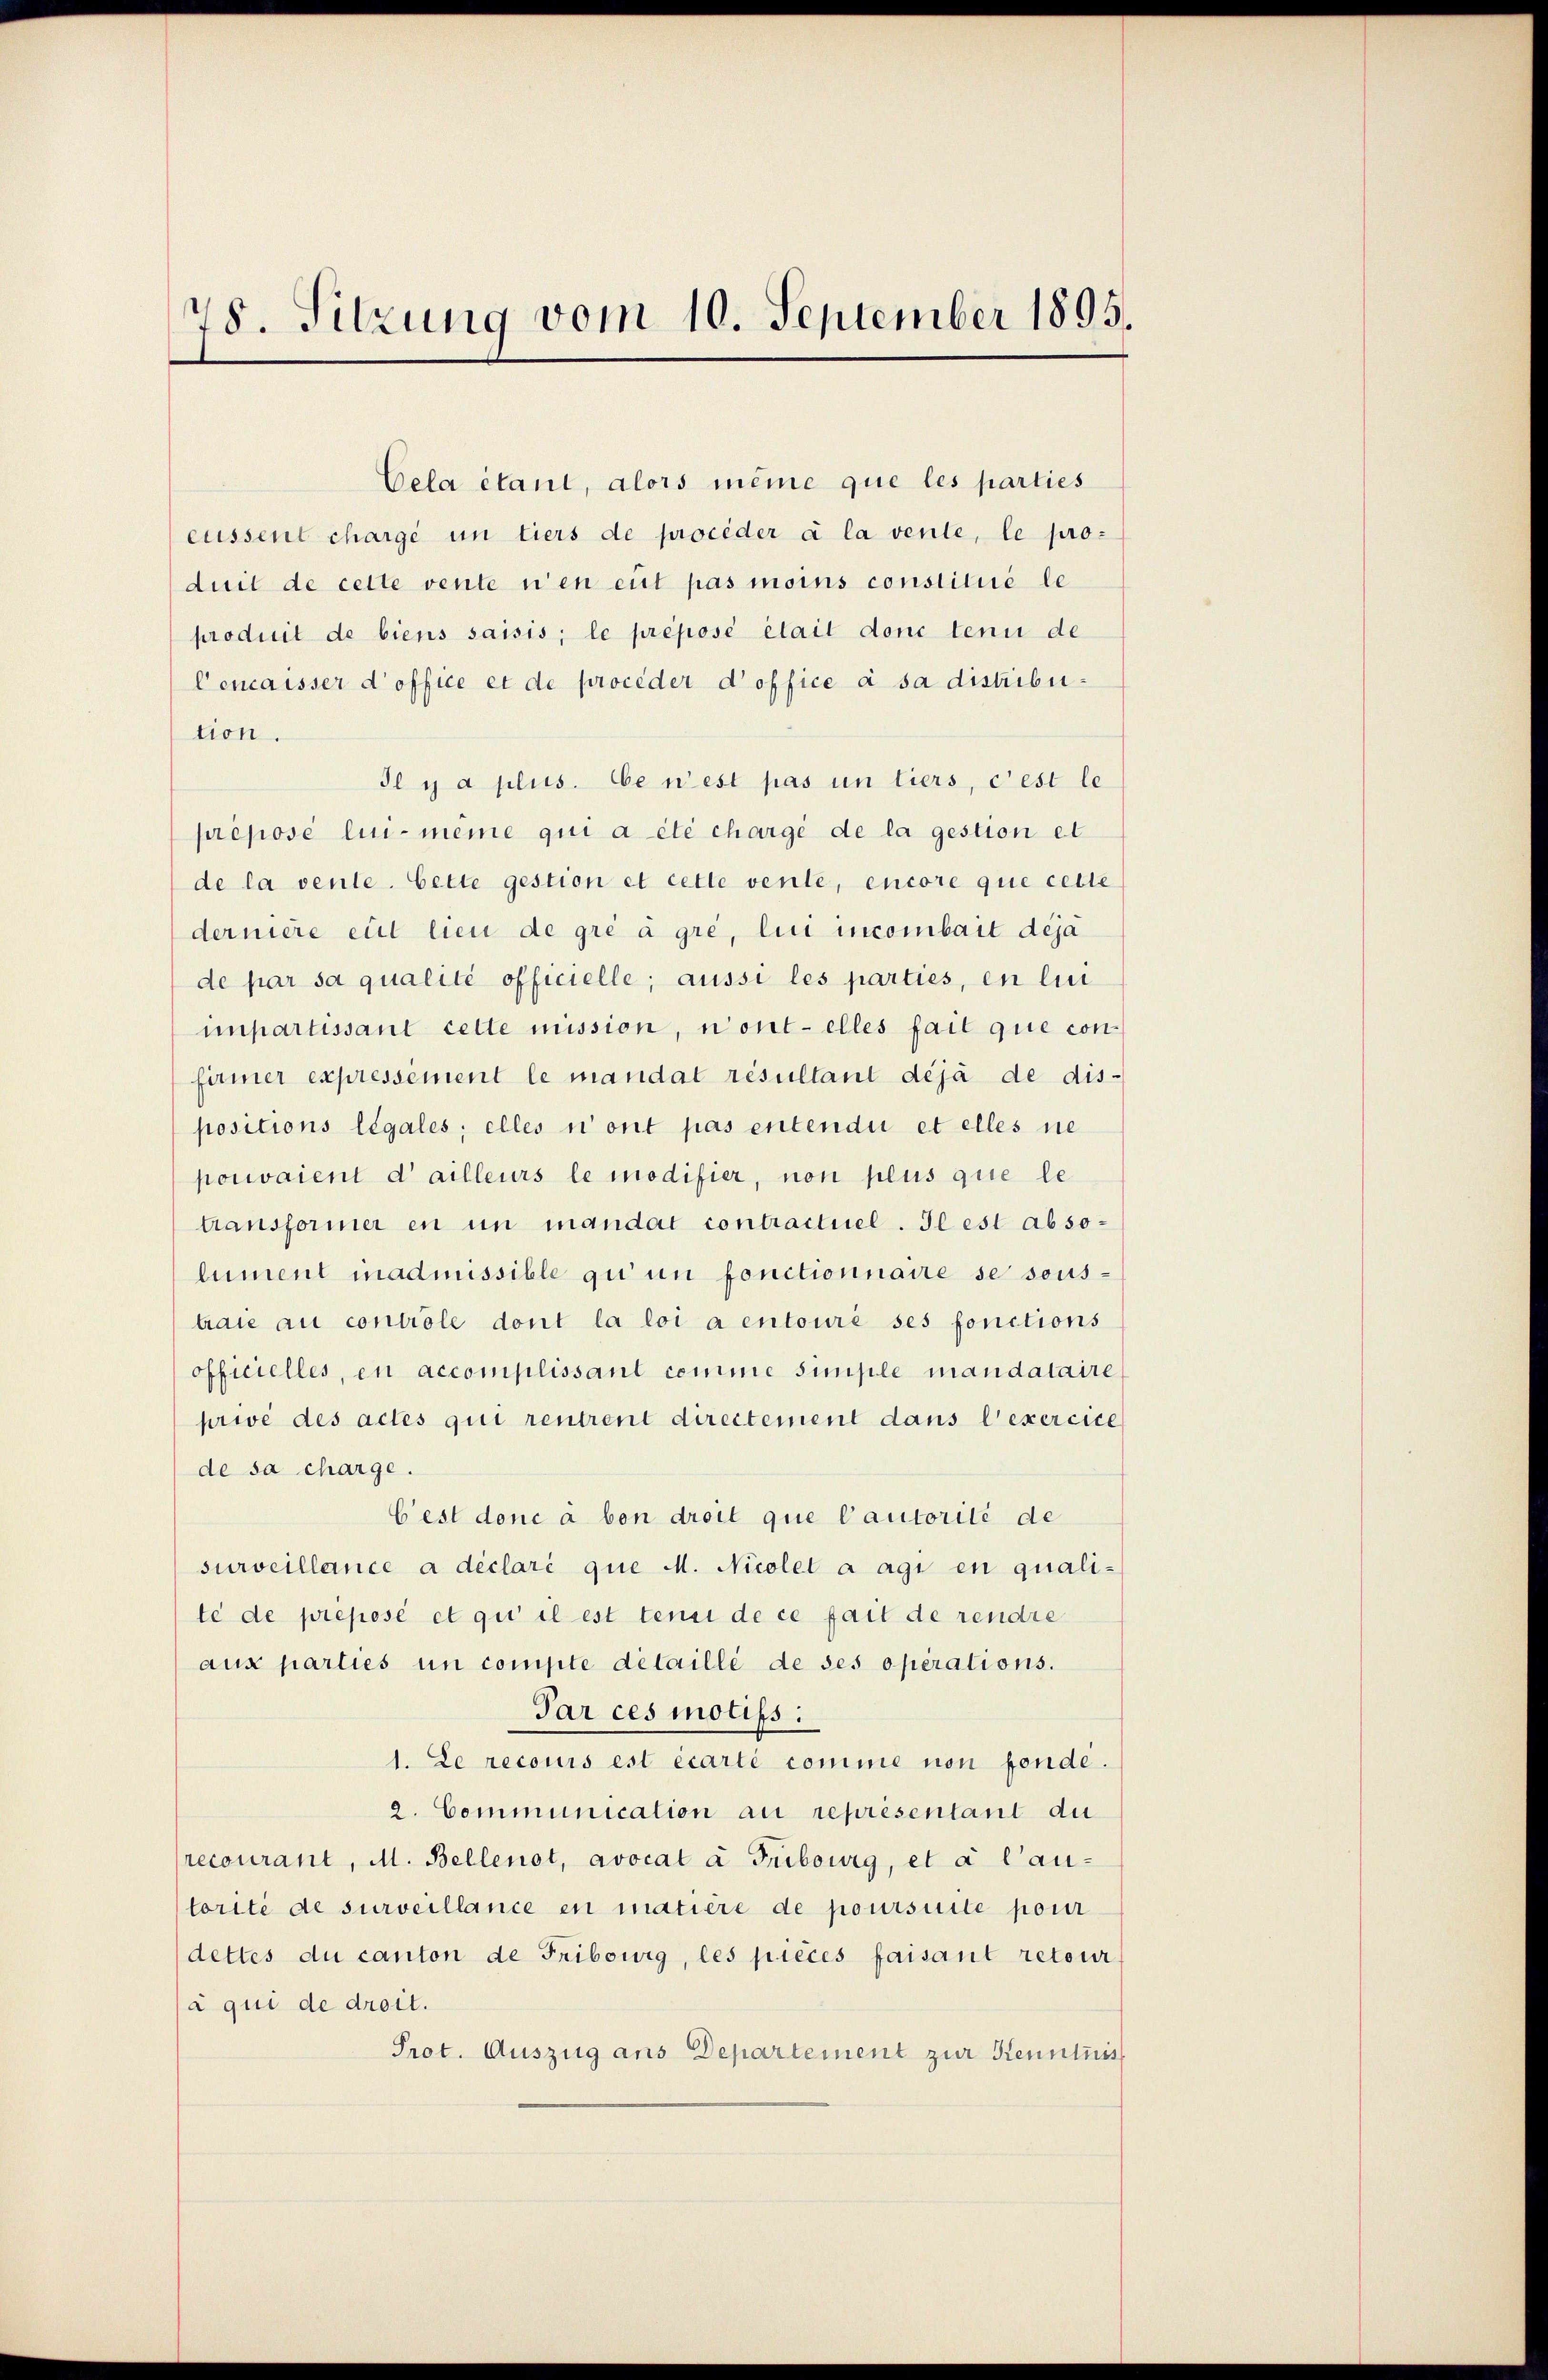
78. Sitzung vom 10. September 1895.

Cela étant, alors même que les parties
eussent charge in tiers de procéder à la vente, le pro-
duit de cette vente n’en eut pas moins constitué le
produit de biens saisis; le préposé était donc tenu de
Cencaisser d’office et de proceder d’office à sa distribution.
Il y a plus. be n’est pas un tiers, c’est le
preposé lui-même qui a été chargé de la gestion et
de la vente. Cette gestion et cette vente, encore que celle
dernière eut lieu de gré à gré, lui incombait deja
de par sa qualité officielle; aussi les parties, en lui
unpartissant cette mission, n’ont elles fait que con-
firmer expressément le mandat resultant déjà de dis-
positions légales; elles n’ont pas entendii et elles ne
pouvaient d’ailleurs le modifier, non plus que le
transformer en in mandat contractuel. Il est absolument inadmissible qu’un fonctionnaire se sous-
traie au controle dont la loi a entoure ses fonctions
officielles, en accomplissant comme simple mandataire
privé des actes qui rentrent directement dans l’exercice
de sa charge.
Cest donc à bon droit que Cautorité de
surveillance a déclaré que M. Nicolet a agi en quali-
te de preposé et qui il est tenu de ce fait de rendre
aus parties in compte detaillé de ses operations.
Par ces motifs.
1. Le recours est écarté comme non fonde.
2. Communication au représentant du
recourant, M. Bellenot, avocat à Fribourg, et à l’au-
torite de surveillance en matiere de poursuite pour
dettes du canton de Fribourg, les pièces faisant retour
à qui de droit.
Prot. Auszug ans Departement zur Kenntnis